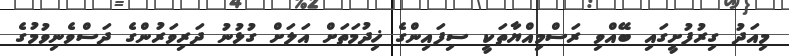
މިއަދު ގިރުފުށީގައި ބޭއްވި ރަސްމިއްޔާތަކީ ސިފައިންގެ ޚިދުމަތަށް އަލަށް ގުޅުނު ދަރިވަރުންގެ ދަސްވެނިވުމުގެ